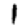
Digit: 1